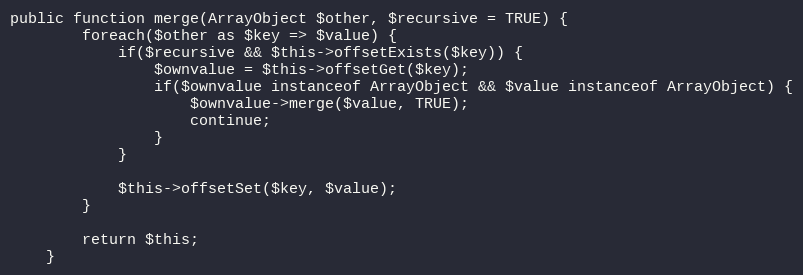
Language: PHP
public function merge(ArrayObject $other, $recursive = TRUE) {
        foreach($other as $key => $value) {
            if($recursive && $this->offsetExists($key)) {
                $ownvalue = $this->offsetGet($key);
                if($ownvalue instanceof ArrayObject && $value instanceof ArrayObject) {
                    $ownvalue->merge($value, TRUE);
                    continue;
                }
            }

            $this->offsetSet($key, $value);
        }

        return $this;
    }